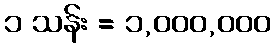
၁ သန်း = ၁,၀၀၀,၀၀၀